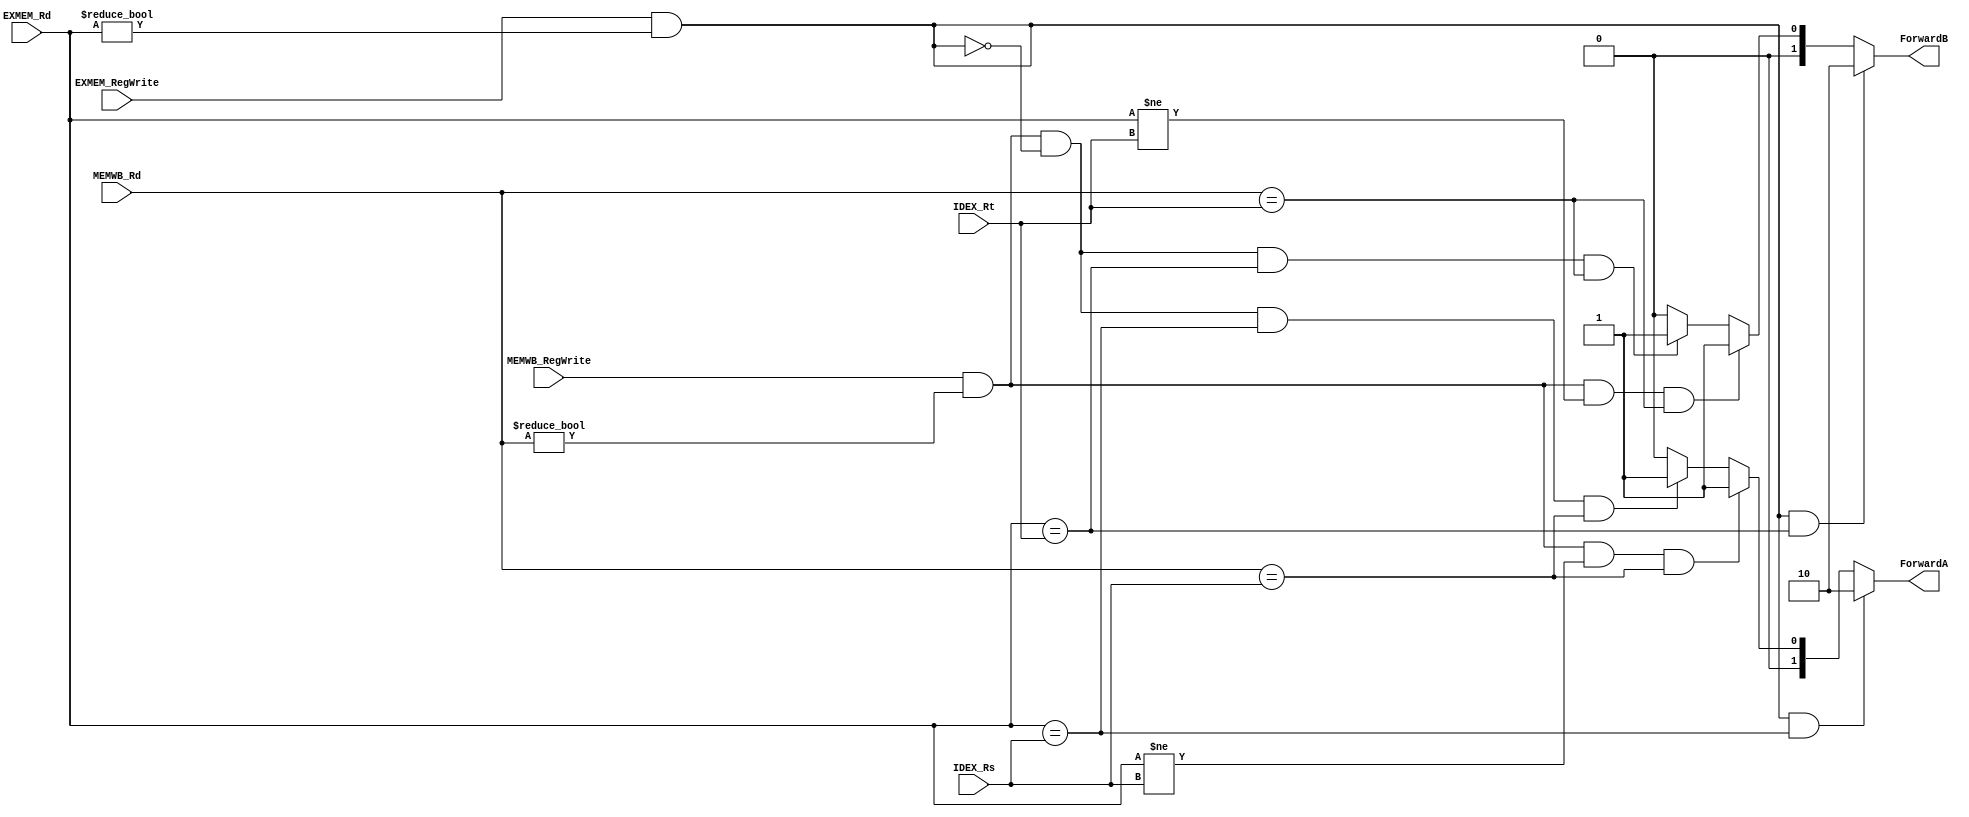
`timescale 1ns / 1ps
//////////////////////////////////////////////////////////////////////////////////
// Company: k.w uni
// 
// Design Name: 	 
// Module Name:    FU 
// Project Name: 
// Target Devices: 
// Tool versions: 
// Description: 
//
// Dependencies: 
//
// Revision: 
// Revision 0.01 - File Created
// Additional Comments: 
//
//////////////////////////////////////////////////////////////////////////////////
module FU(IDEX_Rs,IDEX_Rt,EXMEM_Rd,EXMEM_RegWrite,MEMWB_Rd,MEMWB_RegWrite,ForwardA,ForwardB
    );
	 
	 input [4:0] IDEX_Rs,IDEX_Rt,EXMEM_Rd,MEMWB_Rd;
	 input EXMEM_RegWrite,MEMWB_RegWrite;
	 output reg [1:0] ForwardA, ForwardB;
	 
	 always@(EXMEM_RegWrite, EXMEM_Rd, IDEX_Rs, MEMWB_RegWrite, MEMWB_Rd)		//forward a
		begin
//			if(MEMWB_RegWrite && (MEMWB_Rd!=0) && !(EXMEM_RegWrite && (EXMEM_Rd!=0)) && (EXMEM_Rd==IDEX_Rs) && (MEMWB_Rd == IDEX_Rs)) ForwardA = 2'b01;
			if(EXMEM_RegWrite && (EXMEM_Rd!=0) && (EXMEM_Rd == IDEX_Rs)) ForwardA = 2'b10;  //1 step
			else if(MEMWB_RegWrite && (MEMWB_Rd!=0) && (EXMEM_Rd!=IDEX_Rs) && (MEMWB_Rd==IDEX_Rs)) ForwardA = 2'b01; //2 step
			else if(MEMWB_RegWrite && (MEMWB_Rd!=0) && !(EXMEM_RegWrite && (EXMEM_Rd!=0)) && (EXMEM_Rd==IDEX_Rs) && (MEMWB_Rd == IDEX_Rs)) ForwardA = 2'b01;	//double data hazzard
			else ForwardA = 2'b00;
		end
		
	 always@(EXMEM_RegWrite, EXMEM_Rd, IDEX_Rt, MEMWB_RegWrite, MEMWB_Rd)		//forward b
		begin
//			if(MEMWB_RegWrite && (MEMWB_Rd!=0) && !(EXMEM_RegWrite && (EXMEM_Rd!=0)) && (EXMEM_Rd==IDEX_Rt) && (MEMWB_Rd == IDEX_Rt)) ForwardB = 2'b01;
			if(EXMEM_RegWrite && (EXMEM_Rd!=0) && (EXMEM_Rd == IDEX_Rt)) ForwardB = 2'b10;		//1step
			else if(MEMWB_RegWrite && (MEMWB_Rd!=0) && (EXMEM_Rd!=IDEX_Rt) && (MEMWB_Rd==IDEX_Rt)) ForwardB = 2'b01;	  //2 step
			else if(MEMWB_RegWrite && (MEMWB_Rd!=0) && !(EXMEM_RegWrite && (EXMEM_Rd!=0)) && (EXMEM_Rd==IDEX_Rt) && (MEMWB_Rd == IDEX_Rt)) ForwardB = 2'b01;	//double data hazard
			else ForwardB = 2'b00;
		end

endmodule